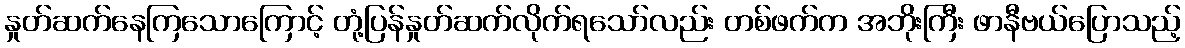
နှုတ်ဆက်နေကြသောကြောင့် တုံ့ပြန်နှုတ်ဆက်လိုက်ရသော်လည်း တစ်ဖက်က အဘိုးကြီး ဖာနီဗယ်ပြောသည့်